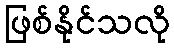
ဖြစ်နိုင်သလို